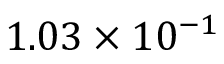
1 . 0 3 \times 1 0 ^ { - 1 }